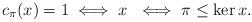
LaTeX: \begin{align*} c_\pi(x) = 1 \iff x~ \iff \pi \leq \ker x.\end{align*}